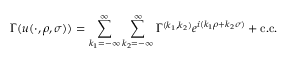
\Gamma ( u ( \cdot , \rho , \sigma ) ) = \sum _ { k _ { 1 } = - \infty } ^ { \infty } \sum _ { k _ { 2 } = - \infty } ^ { \infty } \Gamma ^ { ( k _ { 1 } , k _ { 2 } ) } e ^ { i ( k _ { 1 } \rho + k _ { 2 } \sigma ) } + \mathrm { c . c . }